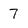
Character: 7